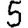
Digit: 5